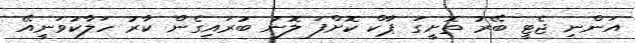
އަންނި ޖެޓީ ބޭރު ތޮށީގަ ޕާކް ކޮށްފަ ލޮނު ބުރައިގެން ކާރު ހަލާކުވަނީއޭ